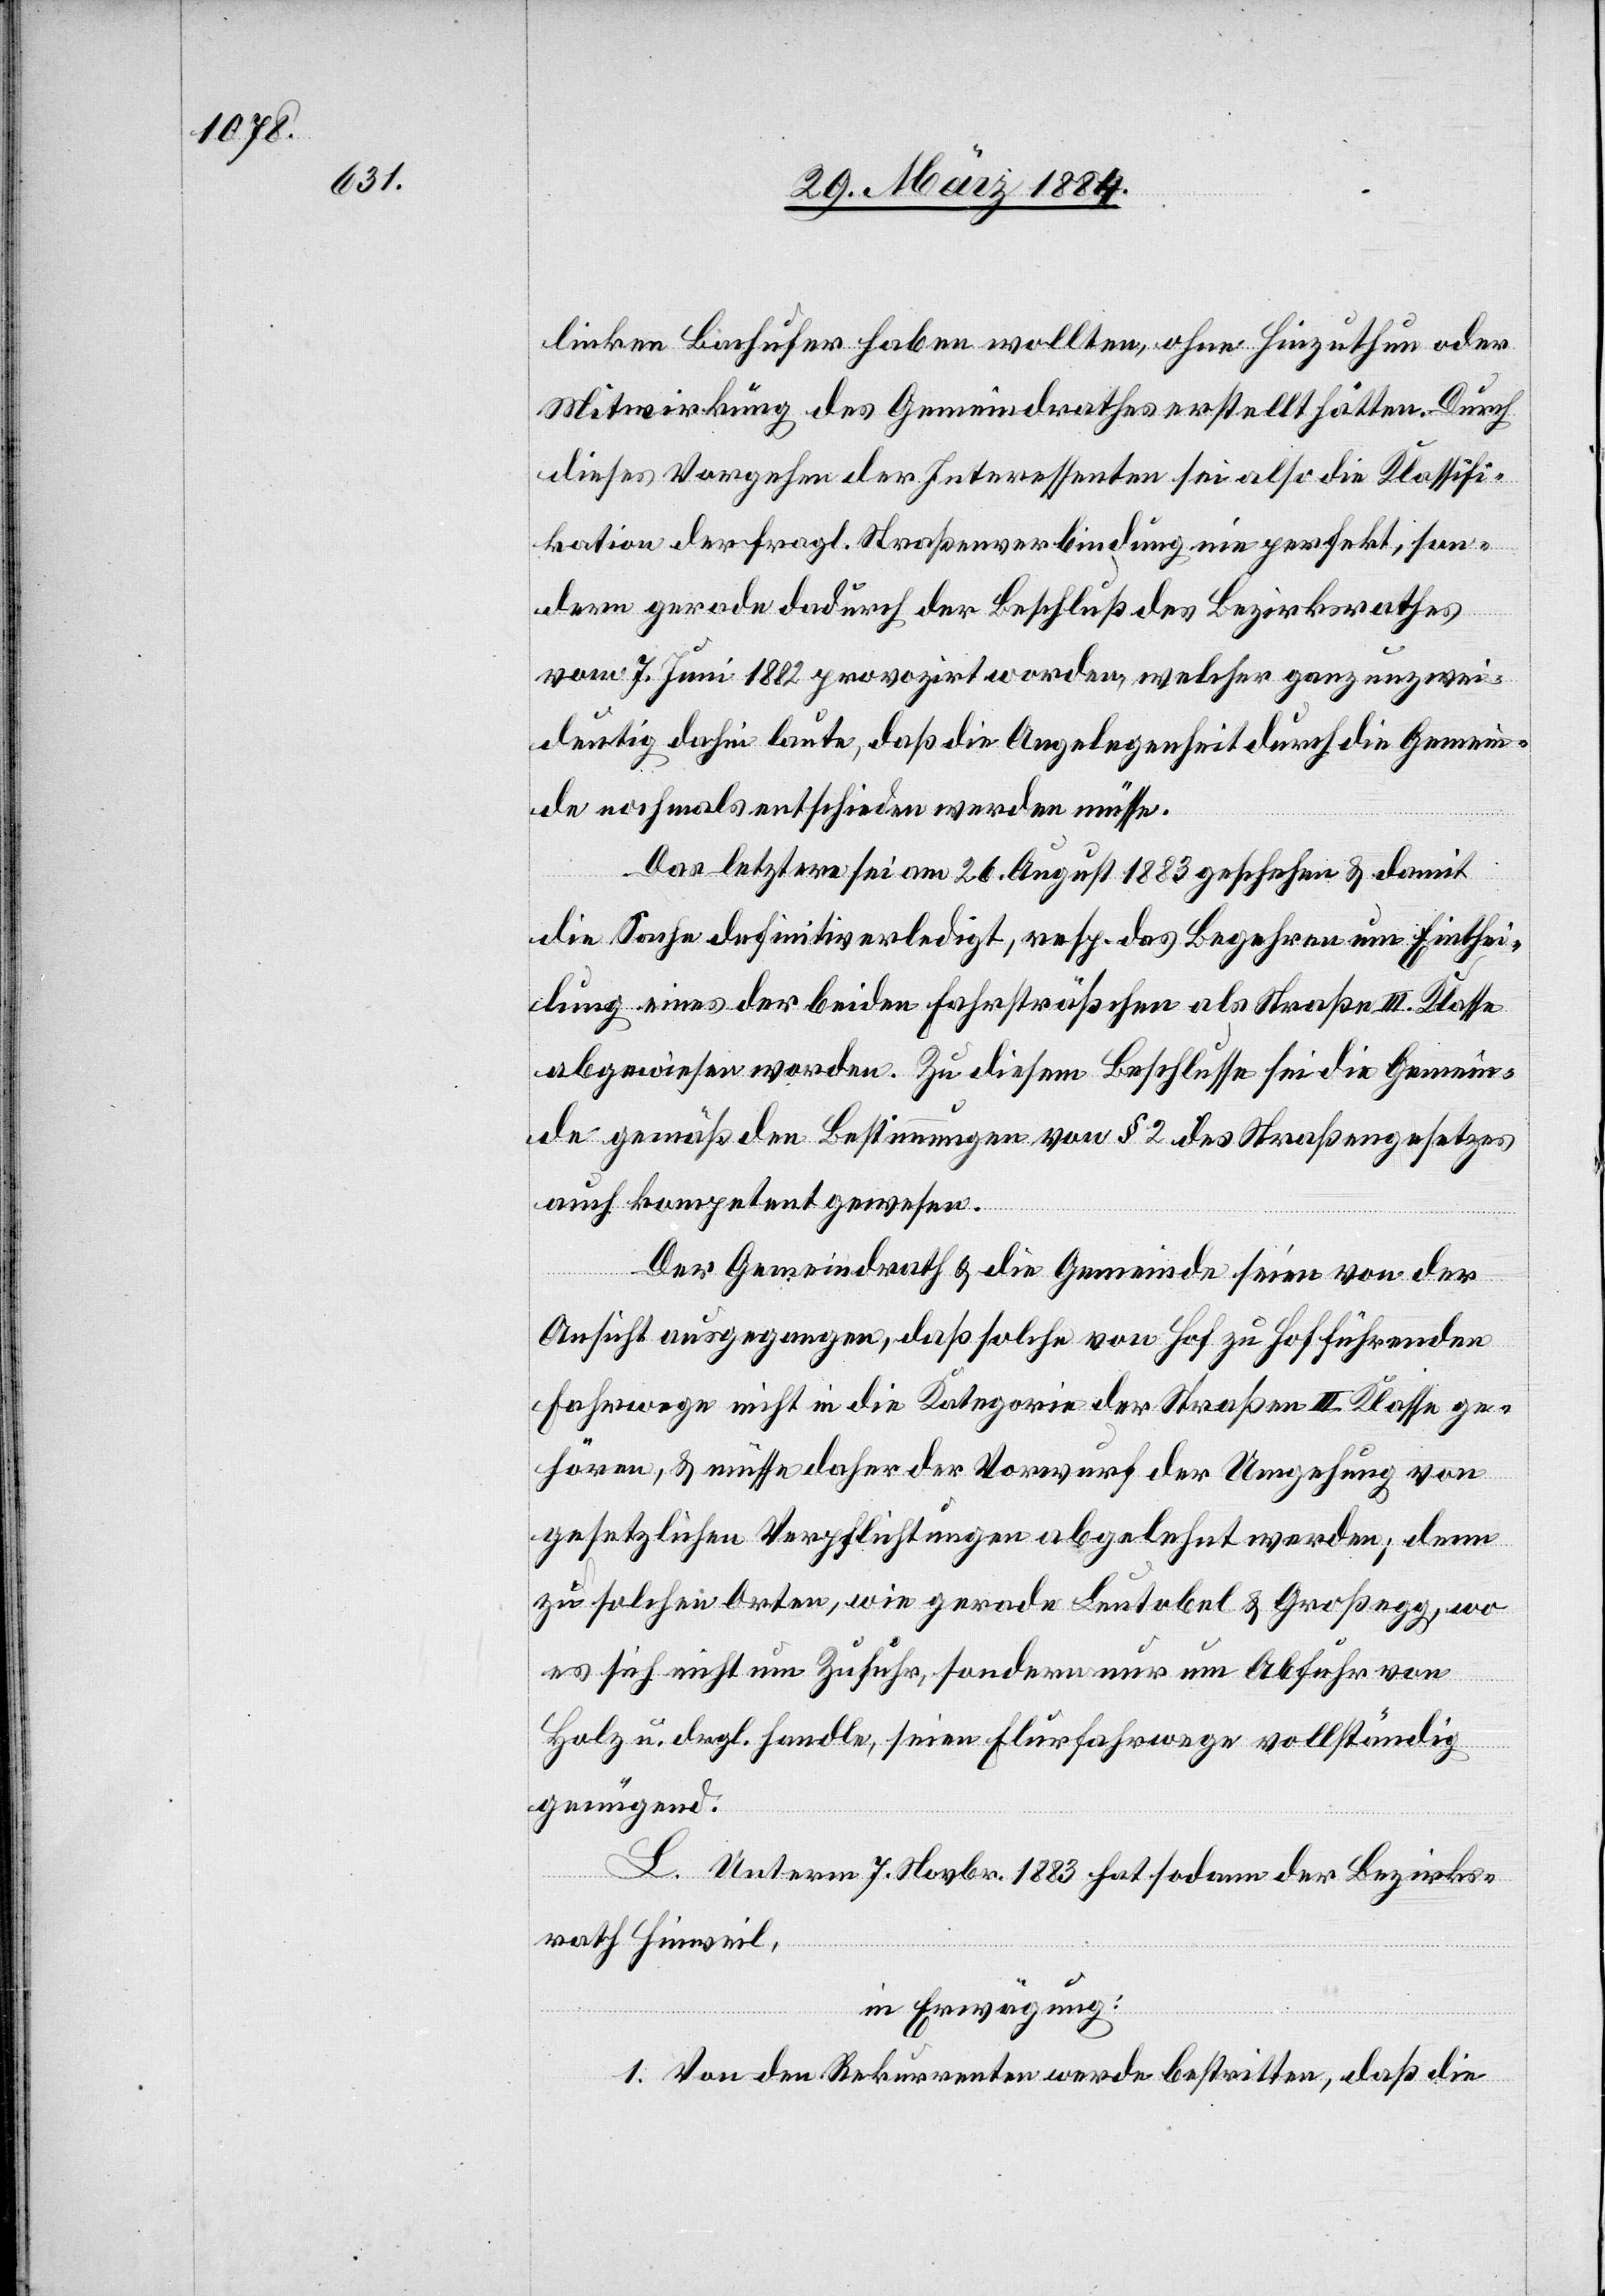
linken Bachufer haben wollten, ohne Hinzuthun oder
Mitwirkung des Gemeindrathes erstellt hätten. Durch
dieses Vorgehen der Interessenten sei also die Klassifi¬
kation der fragl. Straßenverbindung nie perfekt, son¬
dern gerade dadurch der Beschluß des Bezirksrathes
vom 7. Juni 1882 provozirt worden, welcher ganz unzwei¬
deutig dahin laute, daß die Angelegenheit durch die Gemein¬
de nochmals entschieden werden müsse.
Das letztere sei am 26. August 1883 geschehen & damit
die Sache definitiv erledigt, resp. das Begehren um Einthei¬
lung eines der beiden Fahrsträßchen als Straße III. Klasse
abgewiesen worden. Zu diesem Beschlusse sei die Gemein¬
de gemäß den Bestimmungen von § 2 des Straßengesetzes
auch kompetent gewesen.
Der Gemeindrath & die Gemeinde seien von der
Ansicht ausgegangen, daß solche von Hof zu Hof führenden
Fahrwege nicht in die Kategorie der Straßen III. Klasse ge¬
hören, & müsse daher der Vorwurf der Umgehung von
gesetzlichen Verpflichtungen abgelehnt werden; denn
zu solchen Orten, wie gerade Leutobel & Großegg, wo
es sich nicht um Zufuhr, sondern nur um Abfuhr von
Holz u. dergl. handle, seien Flurfahrwege vollständig
genügend.
L. Unterm 7. Novbr. 1883 hat sodann der Bezirks¬
rath Hinweil,
in Erwägung:
1. Von den Rekurrenten werde bestritten, daß die